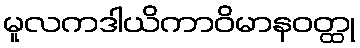
မူလကဒါယိကာဝိမာနဝတ္ထု